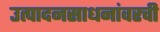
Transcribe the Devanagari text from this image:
उत्पादनसाधनांवरची